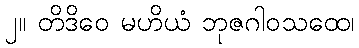
၂။ တိဒိဝေ မဟိယံ ဘုဇဂါဝသထေ၊